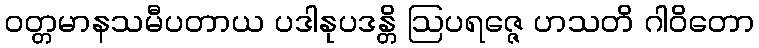
ဝတ္တမာနသမီပတာယ ပဒါနုပဒန္တိ ဩပရဇ္ဇေ ဟသတိ ဂါဝိတော